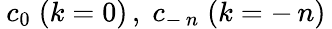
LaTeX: \: c_{0}\; (k=0)\, ,\; c_{-\, n}\; (k=-\, n)\: